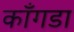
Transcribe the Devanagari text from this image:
काँगडा